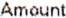
AMOUNT